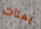
بمئات